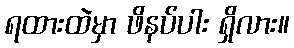
ရထားထဲမှာ ဖိနပ်ပါး ရှိလား။